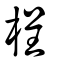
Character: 桯